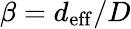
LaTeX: \beta=d_{\mathrm{eff}}/D